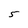
Character: 5